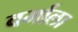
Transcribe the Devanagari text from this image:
वर्माला